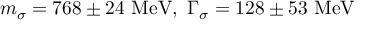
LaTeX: m _ { \sigma } = 7 6 8 \pm 2 4 \ \mathrm { M e V } , \ \Gamma _ { \sigma } = 1 2 8 \pm 5 3 \ \mathrm { M e V }